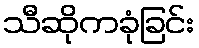
သီဆိုကခုံခြင်း